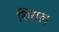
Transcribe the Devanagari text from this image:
शिराल